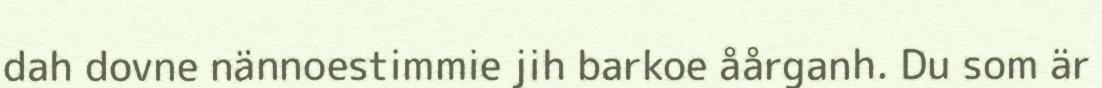
dah dovne nännoestimmie jih barkoe åårganh. Du som är